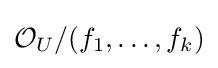
{\mathcal {O}}_{U}/(f_{1},\ldots ,f_{k})